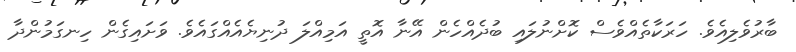
ބާރުވެލިއެވެ. ހަރަކާތެއްވެސް ކޮށްނުލައި ބުދެއްހެން އޭނާ އޮތީ އަމިއްލަ ދުނިޔެއެއްގައެވެ. ވަށައިގެން ހިނގަމުންދާ